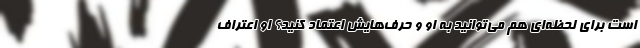
است برای لحظه‌ای هم می‌توانید به او و حرف‌هایش اعتماد کنید؟ او اعتراف